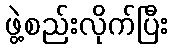
ဖွဲ့စည်းလိုက်ပြီး